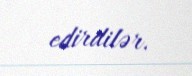
edirdilər.